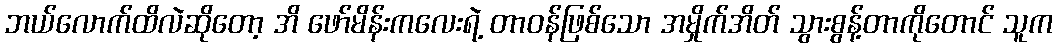
ဘယ်လောက်ထိလဲဆိုတော့ အိ ဖော်မိန်းကလေးရဲ့ တာဝန်ဖြစ်သော အမှိုက်အိတ် သွားစွန့်တာကိုတောင် သူက